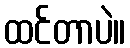
ထင်တာပဲ။